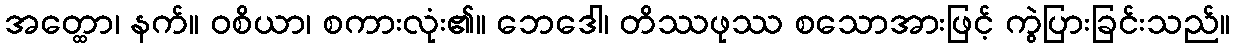
အတ္ထော၊ နက်။ ဝစိယာ၊ စကားလုံး၏။ ဘေဒေါ၊ တိဿဖုဿ စသောအားဖြင့် ကွဲပြားခြင်းသည်။